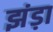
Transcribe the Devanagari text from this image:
झंड़ा